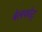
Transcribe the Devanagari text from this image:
बेलफोट्